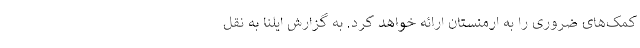
کمک‌های ضروری را به ارمنستان ارائه خواهد کرد. به گزارش ایلنا به نقل